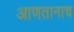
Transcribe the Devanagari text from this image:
आणतानाच